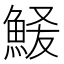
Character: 𫙞